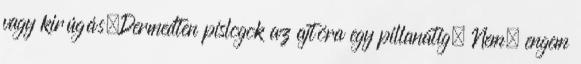
vagy kirúgás.Dermedten pislogok az ajtóra egy pillanatig. Nem, engem